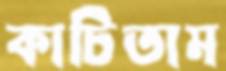
কাচিতাম